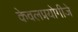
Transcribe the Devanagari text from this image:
केवलप्रयोगीजे